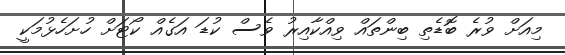
މިއަށް ވުރެ ބޮޑެތި ބިންތައް ވިއްކާއިރު ވެސް ކުޑަ އަގެއް ކޯޓަށް ހުށަހެޅުމަކީ